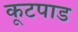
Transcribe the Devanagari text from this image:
कूटपाड